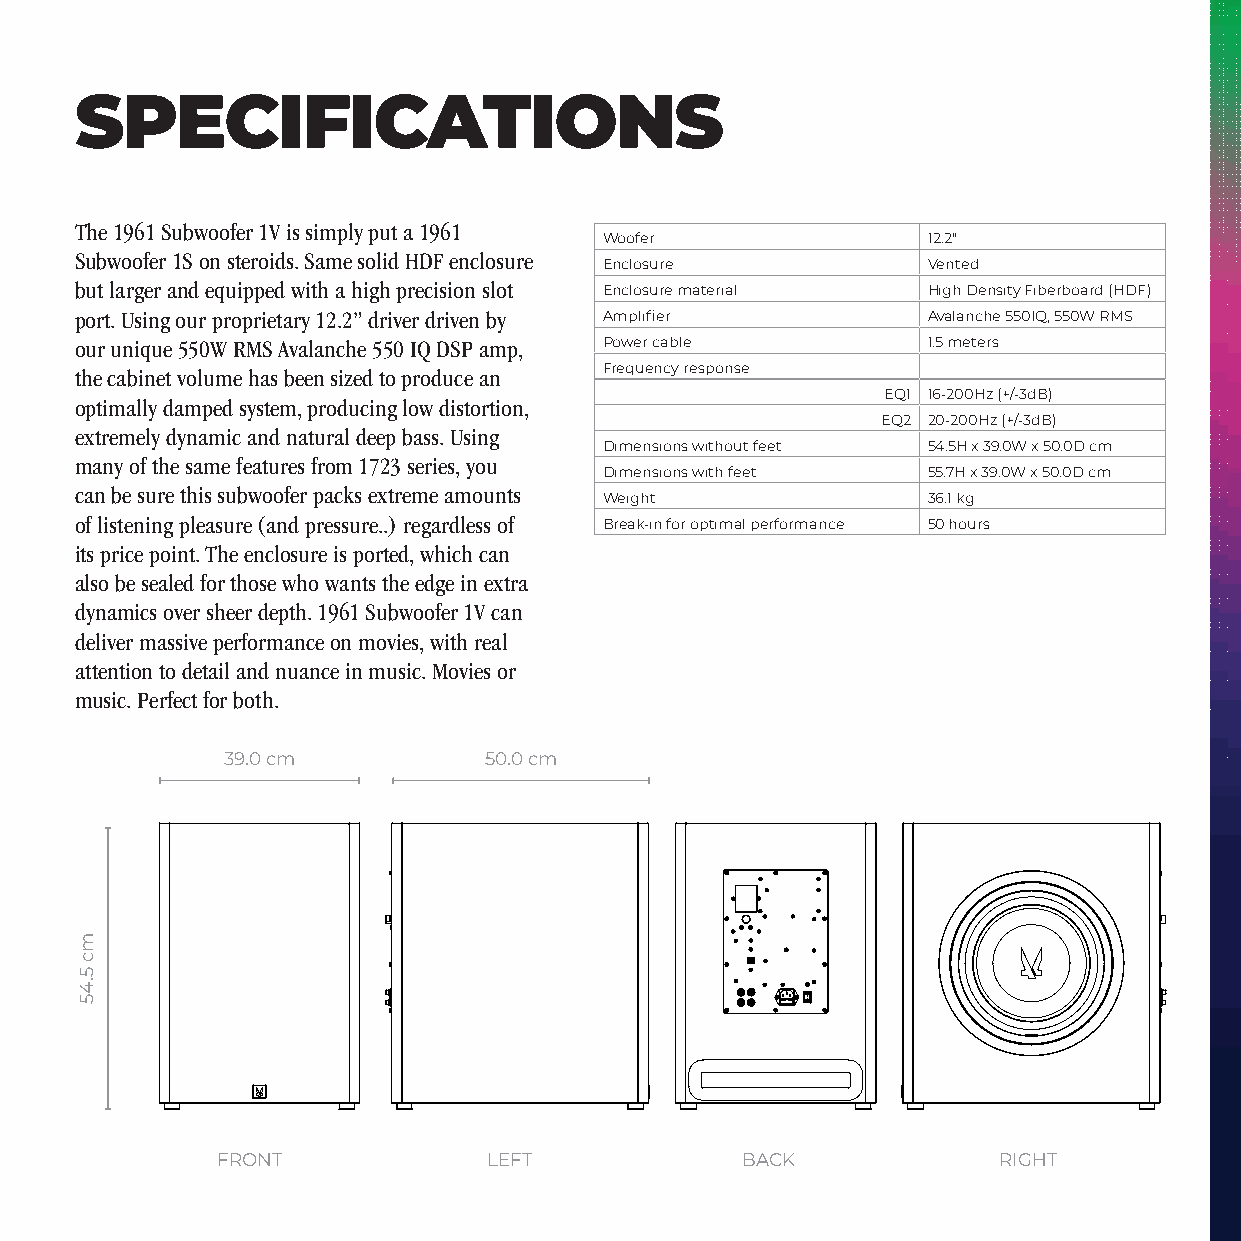
SPECIFICATIONS
 The 1961 Subwoofer 1V is simply put a 1961
 Woofer               12.2"
 Subwoofer 1S on steroids. Same solid HDF enclosure
 Enclosure            Vented
 but larger and equipped with a high precision slot Enclosure material High Density Fiberboard (HDF)
 port. Using our proprietary 12.2” driver driven by Amplifier Avalanche 550IQ, 550W RMS
 our unique 550W RMS Avalanche 550 IQ DSP amp, Power cable 1.5 meters
 the cabinet volume has been sized to produce an Frequency response
 EQ1 16-200Hz (+/-3dB)
 optimally damped system, producing low distortion,
 EQ2 20-200Hz (+/-3dB)
 extremely dynamic and natural deep bass. Using
 Dimensions without feet 54.5H x 39.0W x 50.0D cm
 many of the same features from 1723 series, you
 Dimensions with feet 55.7H x 39.0W x 50.0D cm
 can be sure this subwoofer packs extreme amounts
 Weight               36.1 kg
 of listening pleasure (and pressure..) regardless of Break-in for optimal performance 50 hours
 its price point. The enclosure is ported, which can
 also be sealed for those who wants the edge in extra
 dynamics over sheer depth. 1961 Subwoofer 1V can
 deliver massive performance on movies, with real
 attention to detail and nuance in music. Movies or
 music. Perfect for both.
 39.0 cm          50.0 cm
 FRONT             LEFT             BACK             RIGHT
 mc
 5.45